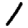
Digit: 1